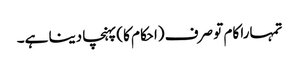
تمہارا کام تو صرف (احکام کا) پہنچا دینا ہے۔